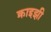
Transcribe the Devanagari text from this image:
क्राइझी